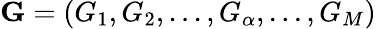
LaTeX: \mathbf{G}=(G_{1},G_{2},...,G_{\alpha},...,G_{M})